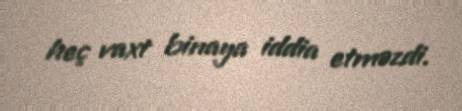
heç vaxt binaya iddia etməzdi.